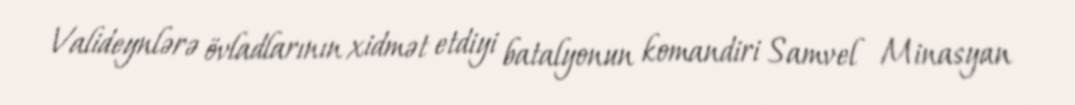
Valideynlərə övladlarının xidmət etdiyi batalyonun komandiri Samvel Minasyan